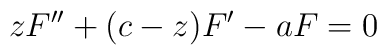
z F^{\prime \prime} + (c-z) F^{\prime} - a F = 0